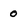
Character: o